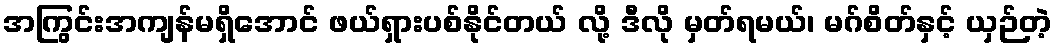
အကြွင်းအကျန်မရှိအောင် ဖယ်ရှားပစ်နိုင်တယ် လို့ ဒီလို မှတ်ရမယ်၊ မဂ်စိတ်နှင့် ယှဉ်တဲ့